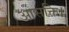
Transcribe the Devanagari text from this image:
आसक्ति।